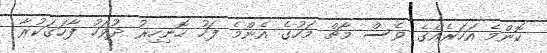
ކޮންމެ އަހަރެއްގެ ވެސް މާޗް މަހުގެ އެންމެ ފަހު ހޮނިހިރު ދުވަހު ފާހަގަކުރާ